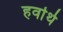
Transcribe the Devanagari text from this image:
हर्वार्थ